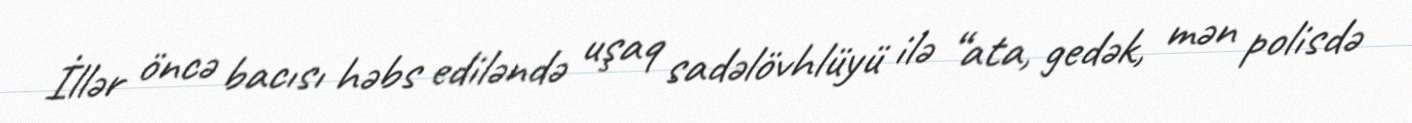
İllər öncə bacısı həbs ediləndə uşaq sadəlövhlüyü ilə “ata, gedək, mən polisdə